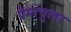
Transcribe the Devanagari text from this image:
प्रेमाचुलर